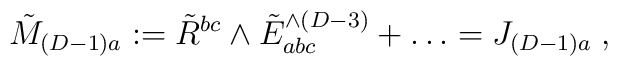
\tilde{M}_{(D-1)a}:= \tilde{R}^{bc} \wedge \tilde{E}^{\wedge (D-3)}_{abc} + \ldots = J_{(D-1)a} \; ,